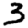
Digit: 3